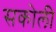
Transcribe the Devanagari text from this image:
सकोली